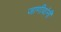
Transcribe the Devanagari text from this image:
जाणीवांनी